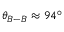
\theta _ { B - B } \approx 9 4 ^ { \circ }